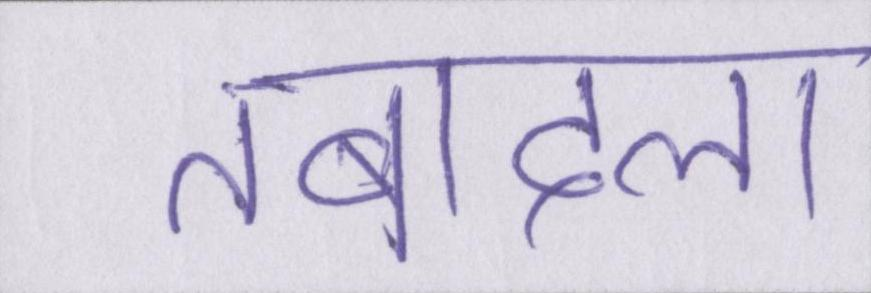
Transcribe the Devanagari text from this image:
तबादला